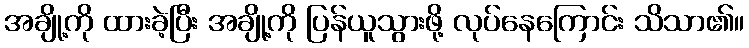
အချို့ကို ထားခဲ့ပြီး အချို့ကို ပြန်ယူသွားဖို့ လုပ်နေကြောင်း သိသာ၏။